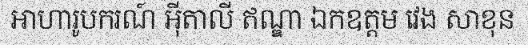
អាហារូបករណ៍ អ៊ីតាលី ឥណ្ឌា ឯកឧត្តម វេង សាខុន